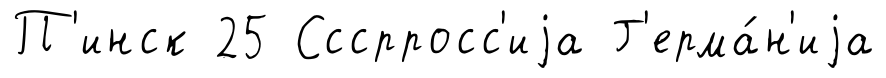
П'инск 25 Сссрросс'иjа Г'ерма́н'иjа